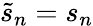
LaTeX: \tilde{s}_{n}=s_{n}